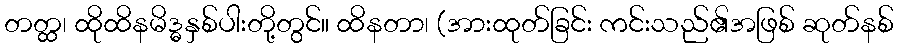
တတ္ထ၊ ထိုထိနမိဒ္ဓနှစ်ပါးတို့တွင်။ ထိနတာ၊ (အားထုတ်ခြင်း ကင်းသည်၏အဖြစ် ဆုတ်နစ်